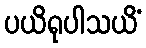
ပယိရုပါသယိံ